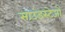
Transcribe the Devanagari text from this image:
साउंडस्टेजों